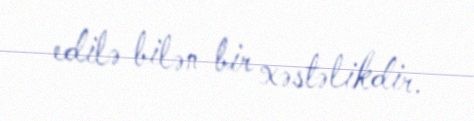
edilə bilən bir xəstəlikdir.